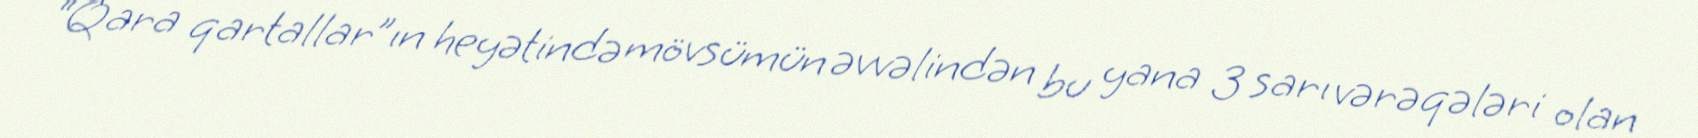
“Qara qartallar”ın heyətində mövsümün əvvəlindən bu yana 3 sarı vərəqələri olan